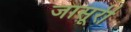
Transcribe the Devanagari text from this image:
जासूरी